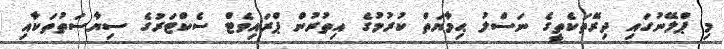
މި ޕްލޭނުގައި ދިރޭތަކެތީގެ ނަސްލު ޙިމާޔަތް ކުރުމުގެ އިތުރުން ޕްރައިވެޓް ސެކްޓަރުގެ ސިޔާސަތުތަކާއި